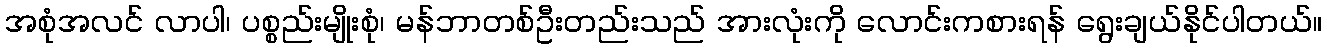
အစုံအလင် လာပါ၊ ပစ္စည်းမျိုးစုံ၊ မန်ဘာတစ်ဦးတည်းသည် အားလုံးကို လောင်းကစားရန် ရွေးချယ်နိုင်ပါတယ်။